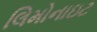
લિમોનાઇટ